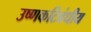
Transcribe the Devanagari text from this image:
उष्‍णकटिबंधीय